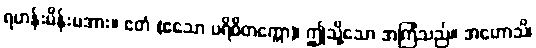
ရဟန်းမိန်းမအား။ ဧတံ (ဧသော ပရိဝိတက္ကော)၊ ဤသို့သော အကြံသည်။ အဟောသိ၊